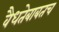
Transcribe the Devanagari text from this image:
वैधतेबाबतच